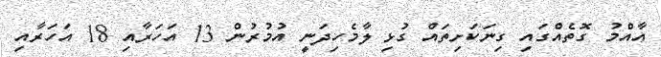
އާއްމު ގޮތެއްގައި ގިނަކަށިތައް ގުޅި ލާމެހިދަނީ އުމުރުން 13 އަހަރާއި 18 އަހަރާއި